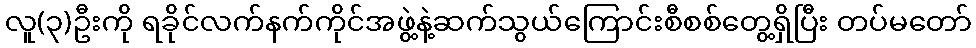
လူ(၃)ဦးကို ရခိုင်လက်နက်ကိုင်အဖွဲ့နဲ့ဆက်သွယ်ကြောင်းစီစစ်တွေ့ရှိပြီး တပ်မတော်